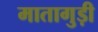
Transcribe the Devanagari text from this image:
मातागुड़ी